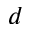
d